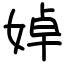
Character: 婥